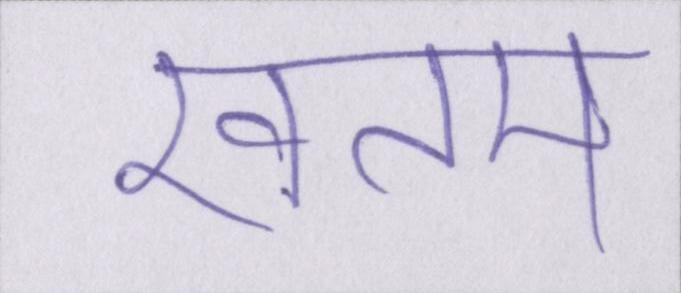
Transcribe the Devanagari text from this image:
खतम